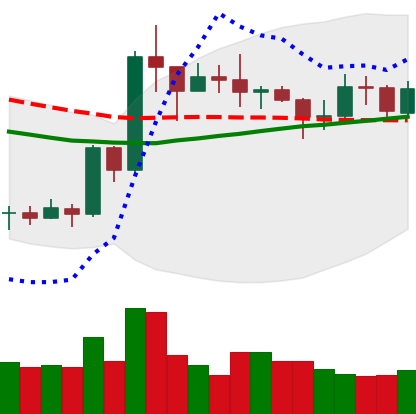
Ticker: XRP-USD
Chart end date: 2020-07-21
Forward return: 8.038%
Label: up_7plus